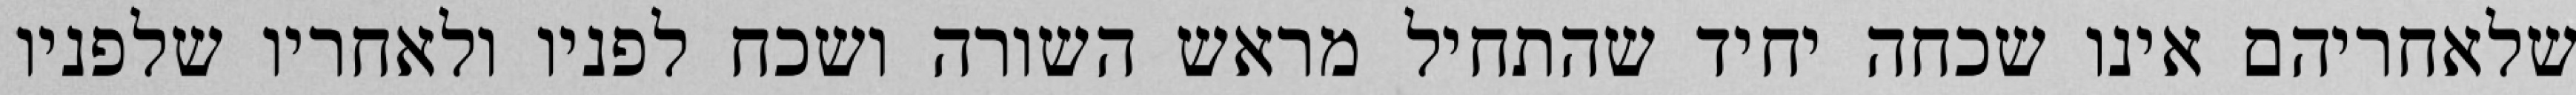
שלאחריהם אינו שכחה יחיד שהתחיל מראש השורה ושכח לפניו ולאחריו שלפניו